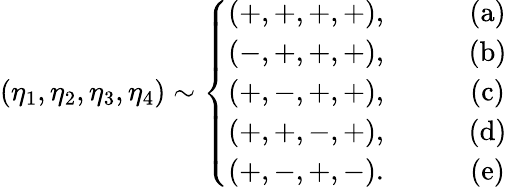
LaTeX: (\eta_{1},\eta_{2},\eta_{3},\eta_{4})\sim\left\{ \begin{array}{cc}{{(+,+,+,+),}}&{{\qquad(\mathrm{a})}}\\ {{(-,+,+,+),}}&{{\qquad(\mathrm{b})}}\\ {{(+,-,+,+),}}&{{\qquad(\mathrm{c})}}\\ {{(+,+,-,+),}}&{{\qquad(\mathrm{d})}}\\ {{(+,-,+,-).}}&{{\qquad(\mathrm{e})}}\end{array}\right.